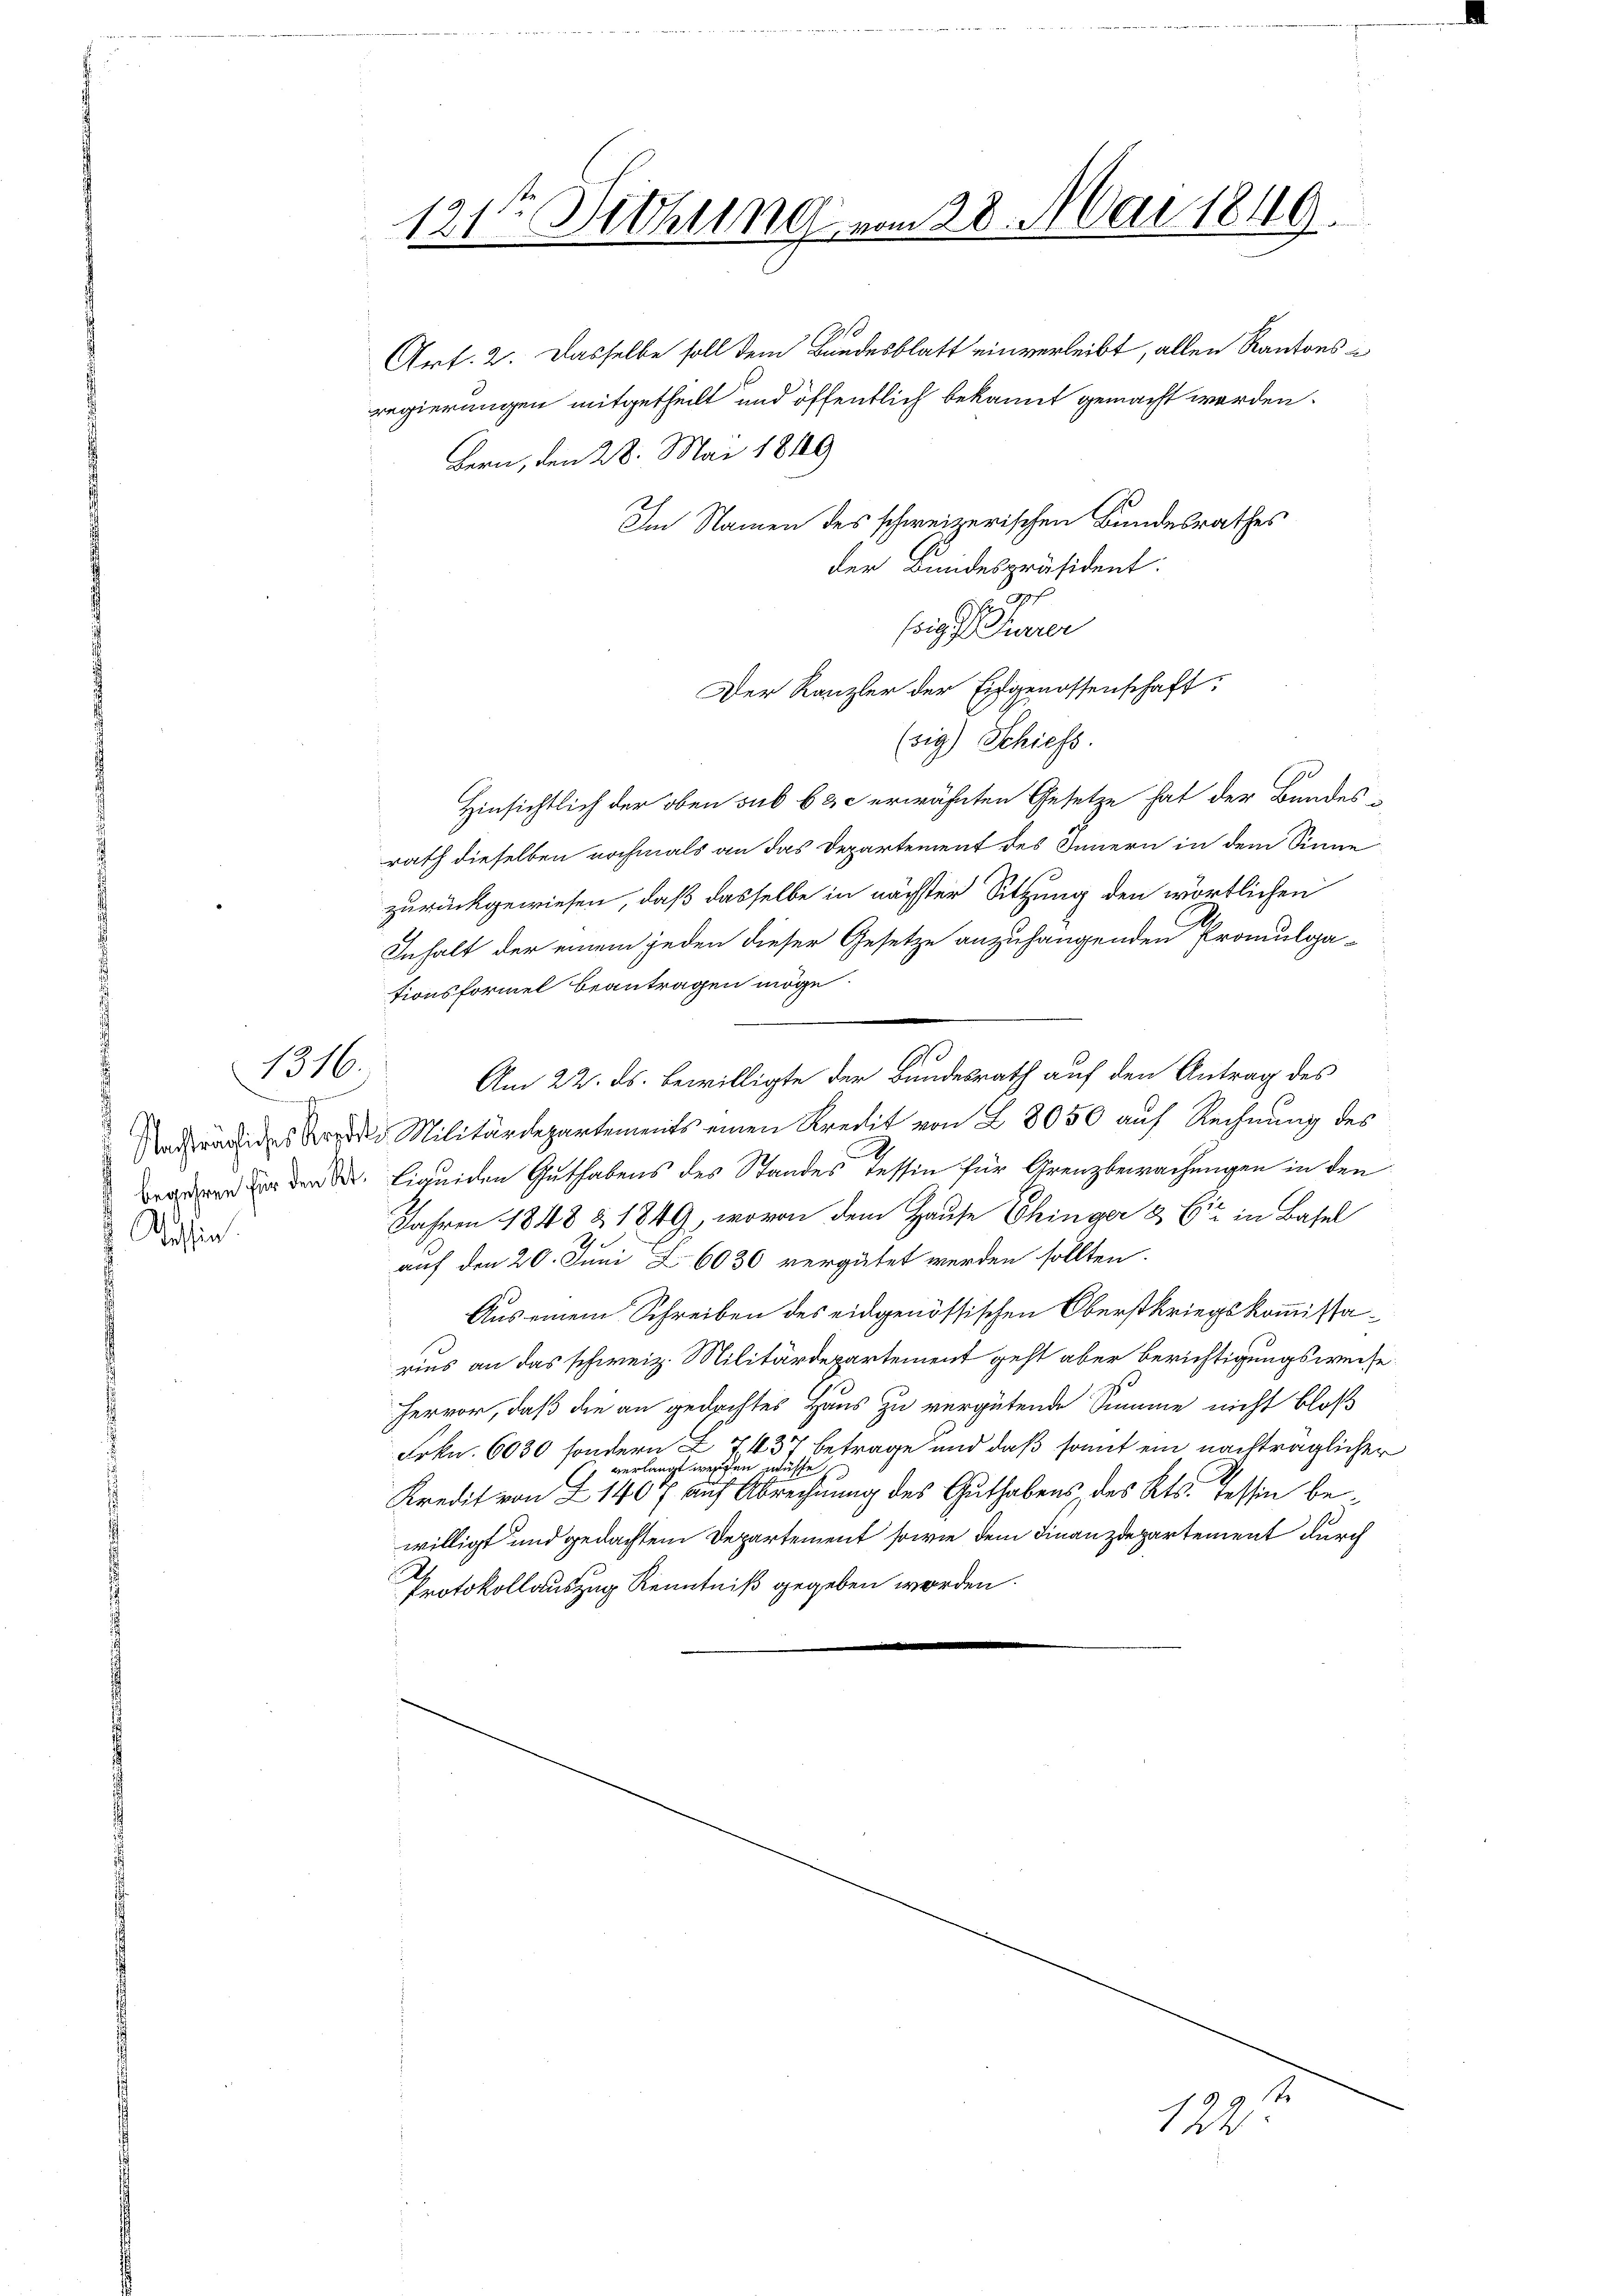
1316.

e
begehenen für den St.
 Tessin

Sithung vom 28. Mai 1849.
121

1

Art. 2. Dasselbe soll dem Bandesblatt einverleibt, allen Kantons
regierungen mitgetheilt und öffentlich bekannt gemacht werden.
Bern, den 28. Mai 1849
Im Namen des schweizerischen Bundesrathes
der Bundespräsident:
sig er
Der Kanzler der Eidgenossenschaft:
(sig) Schiess.
Hinsichtlich der oben sub 6 & c erwähnten Gesetze hat der Bundesrath dieselben nochmals an das Departement des Innern in dem Sinne
zurückgewiesen, daß dasselbe in nächster Sitzung den wörtlichen
Inhalt der einem jeden dieser Gesetze anzuhangenden Promulga-
tionsformel beantragen möge.
Am 22. ds. bewilligte der Bundesrath auf den Antrag des
Radwärtiges worden Militärdepartements einen Kredit von § 8050 auf Rechnung des
Liquiden Guthabens des Standes Tessin für Grenzbewachungen in den
Jahren 1848 & 1849, wovon dem Hause Chinger & Cie in Basel
auf den 20. Juni Z. 6036 vergütet werden sollten.
Aus einem Schreiben des eidgenössischen Oberstkriegskommissarius an das schweiz. Militärdepartement geht aber berichtigungsweise
Hervor, daß die an gedachtes Haus zu vergütende Summe nicht bloß
Frkn. 6030 sondern Z I 437 betrage und daß somit ein nachträglicher
verlangt werden müsse,
Kredit von Z 1407 auf Abrechnung des Guthabens des Kts. Tessin bewilligt und gedachtem Departement sowie dem Finanzdepartement durch
Protokollauszug Kenntniß gegeben werden.

122